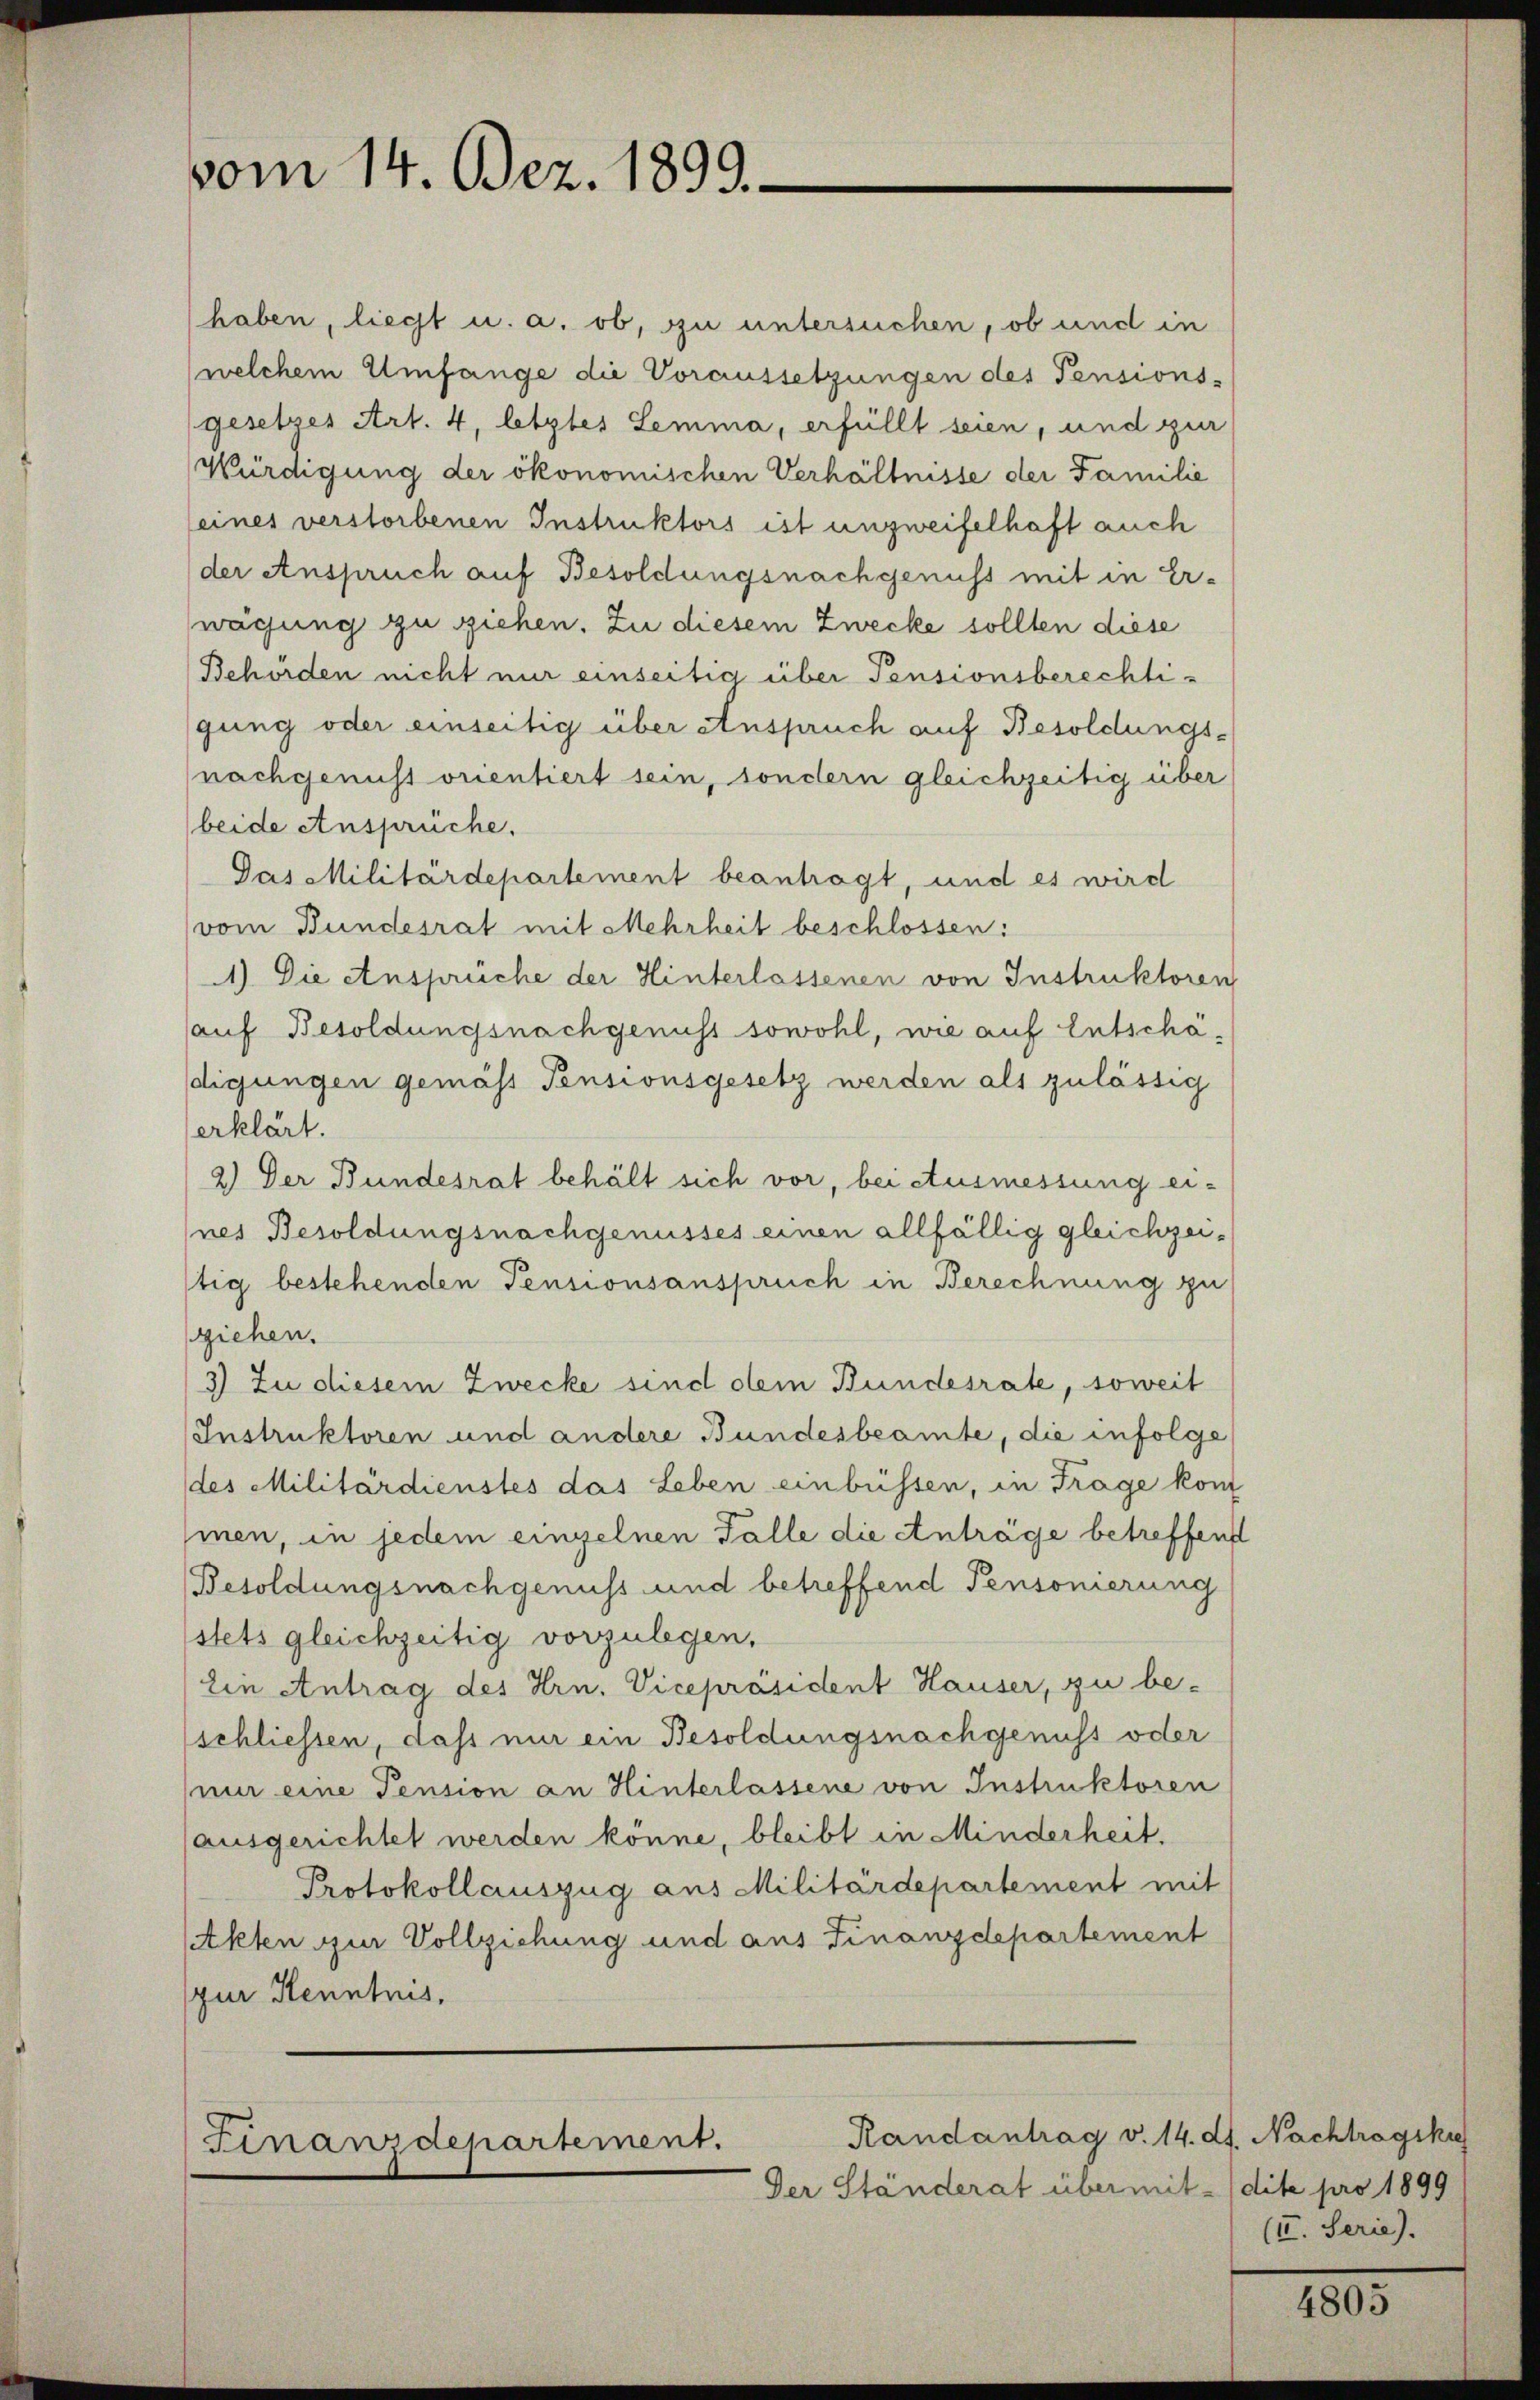
vom 14. Bez. 1899.

haben, liegt u. a. ob, zu untersuchen, ob und in
welchem Umfange die Voraussetzungen des Pensions-
(gesetzes Art. 4, letztes Lemma, erfüllt seien, und zur
Würdigung der ökonomischen Verhältnisse der Familie
(eines verstorbenen Instruktors ist unzweifelhaft auch
der Anspruch auf Besoldungsnachgenuss mit in Er-
wächung zu ziehen. Zu diesem Zwecke sollten diese
Behörden nicht nur einseitig über Pensionsberechtigung oder einseitig über Anspruch auf Besoldungs¬
(nachgenus orientiert sein, sondern gleichzeitig über
beide Ansprüche.
Das Militärdepartement beantragt, und es wird
vom Bundesrat mit Mehrheit beschlossen:
1) Die Ansprüche der Hinterlassenen von Instruktoren
auf Besoldungsnachgenuss sowohl, wie auf Entschadigungen gemäss Pensionsgesetz werden als zulässig
erklärt.
2) Der Bundesrat behält sich vor, bei Ausmessung eines Besoldungsnachgenusses einen allfällig gleichzeistig bestehenden Pensionsanspruch in Berechnung zu
ziehen.
3) Zu diesem Zwecke sind obem Bundesrate, soweit
Instruktoren und andere Bundesbeamte, die infolge
des Militärdienstes das Leben einbüssen, in Trage kom
mnen, in jedem einzelnen Falle die Anträge betreffend
Besoldungsnachgenuss und betreffend Pensonierung
stets gleichzeitig vorzulegen,
Ein Antrag des Hrn. Vicepräsident Hauser, zu be-
schliessen, daß nur ein Besoldungsnachgenuss oder
nur eine Pension an Hinterlassene von Instruktoren
(ausgerichtet werden könne, bleibt in Minderheit.
Protokollauszug aus Militärdepartement mit
Akten zur Vollziehung und aus Finanzdepartement
pur Kenntnis,

Randantrag v. 14. ds. Nachtragsku
Finanzdepartement.

Der Ständerat über mit   (dite pro 1899

(II. Serie).

4805